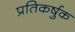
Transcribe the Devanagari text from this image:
प्रतिकर्षुक